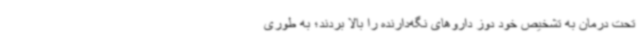
تحت درمان به تشخیص خود دوز داروهای نگه‌دارنده را بالا بردند؛ به‌ طوری‌